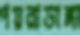
পয়রাডাঙ্গা